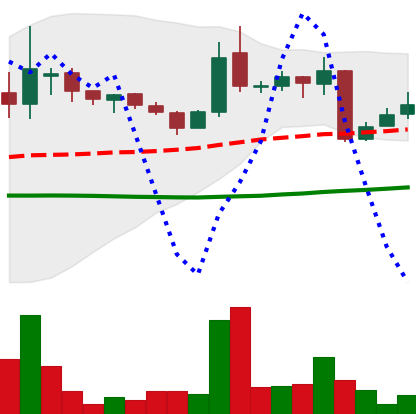
Ticker: LINK-USD
Chart end date: 2018-10-14
Forward return: 11.28%
Label: up_7plus